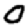
Digit: 0